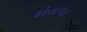
દોલપા